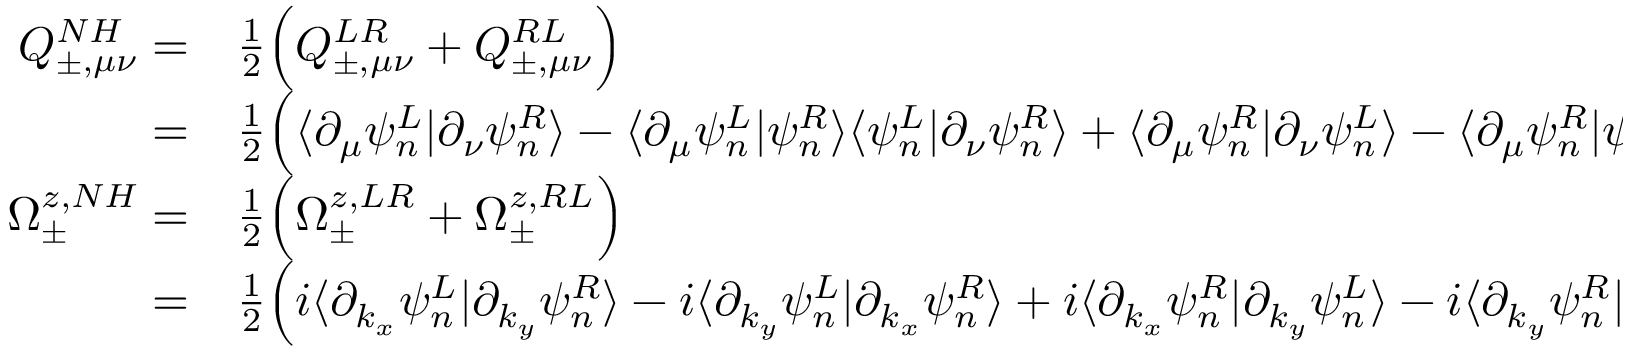
\begin{array} { r l } { Q _ { \pm , \mu \nu } ^ { N H } = } & { { } \frac { 1 } { 2 } \Big ( Q _ { \pm , \mu \nu } ^ { L R } + Q _ { \pm , \mu \nu } ^ { R L } \Big ) } \\ { = } & { { } \frac { 1 } { 2 } \Big ( \langle \partial _ { \mu } \psi _ { n } ^ { L } | \partial _ { \nu } \psi _ { n } ^ { R } \rangle - \langle \partial _ { \mu } \psi _ { n } ^ { L } | \psi _ { n } ^ { R } \rangle \langle \psi _ { n } ^ { L } | \partial _ { \nu } \psi _ { n } ^ { R } \rangle + \langle \partial _ { \mu } \psi _ { n } ^ { R } | \partial _ { \nu } \psi _ { n } ^ { L } \rangle - \langle \partial _ { \mu } \psi _ { n } ^ { R } | \psi _ { n } ^ { L } \rangle \langle \psi _ { n } ^ { R } | \partial _ { \nu } \psi _ { n } ^ { L } \rangle \Big ) } \\ { \Omega _ { \pm } ^ { z , N H } = } & { { } \frac { 1 } { 2 } \Big ( \Omega _ { \pm } ^ { z , L R } + \Omega _ { \pm } ^ { z , R L } \Big ) } \\ { = } & { { } \frac { 1 } { 2 } \Big ( i \langle \partial _ { k _ { x } } \psi _ { n } ^ { L } | \partial _ { k _ { y } } \psi _ { n } ^ { R } \rangle - i \langle \partial _ { k _ { y } } \psi _ { n } ^ { L } | \partial _ { k _ { x } } \psi _ { n } ^ { R } \rangle + i \langle \partial _ { k _ { x } } \psi _ { n } ^ { R } | \partial _ { k _ { y } } \psi _ { n } ^ { L } \rangle - i \langle \partial _ { k _ { y } } \psi _ { n } ^ { R } | \partial _ { k _ { x } } \psi _ { n } ^ { L } \rangle \Big ) } \end{array}